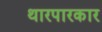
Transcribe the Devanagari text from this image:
थारपारकार